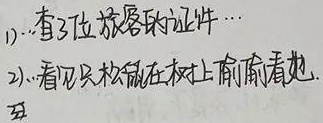
1) …有3位旅客的证件…
2) …看见只松鼠在树上偷偷看她.
3)